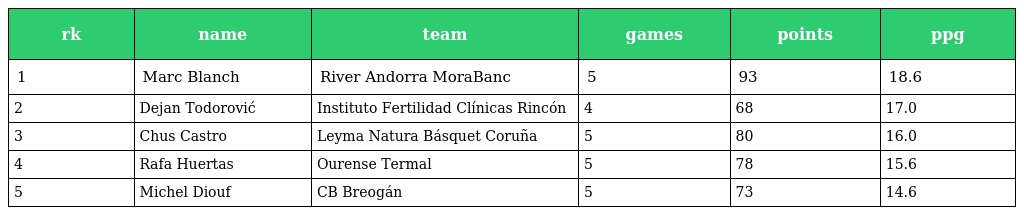
| rk | name | team | games | points | ppg |
 | --- | --- | --- | --- | --- | --- |
 | 1 | Marc Blanch | River Andorra MoraBanc | 5 | 93 | 18.6 |
 | 2 | Dejan Todorović | Instituto Fertilidad Clínicas Rincón | 4 | 68 | 17.0 |
 | 3 | Chus Castro | Leyma Natura Básquet Coruña | 5 | 80 | 16.0 |
 | 4 | Rafa Huertas | Ourense Termal | 5 | 78 | 15.6 |
 | 5 | Michel Diouf | CB Breogán | 5 | 73 | 14.6 |